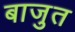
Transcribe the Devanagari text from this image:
बाजुत